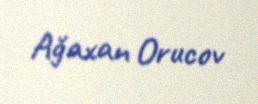
Ağaxan Orucov